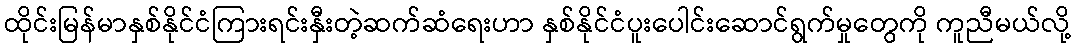
ထိုင်းမြန်မာနှစ်နိုင်ငံကြားရင်းနှီးတဲ့ဆက်ဆံရေးဟာ နှစ်နိုင်ငံပူးပေါင်းဆောင်ရွက်မှုတွေကို ကူညီမယ်လို့